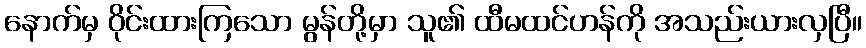
နောက်မှ ဝိုင်းထားကြသော မွန်တို့မှာ သူ၏ ထီမထင်ဟန်ကို အသည်းယားလှပြီ။